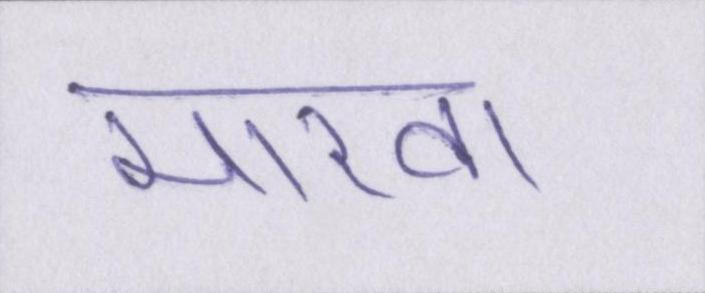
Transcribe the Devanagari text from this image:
मारवा